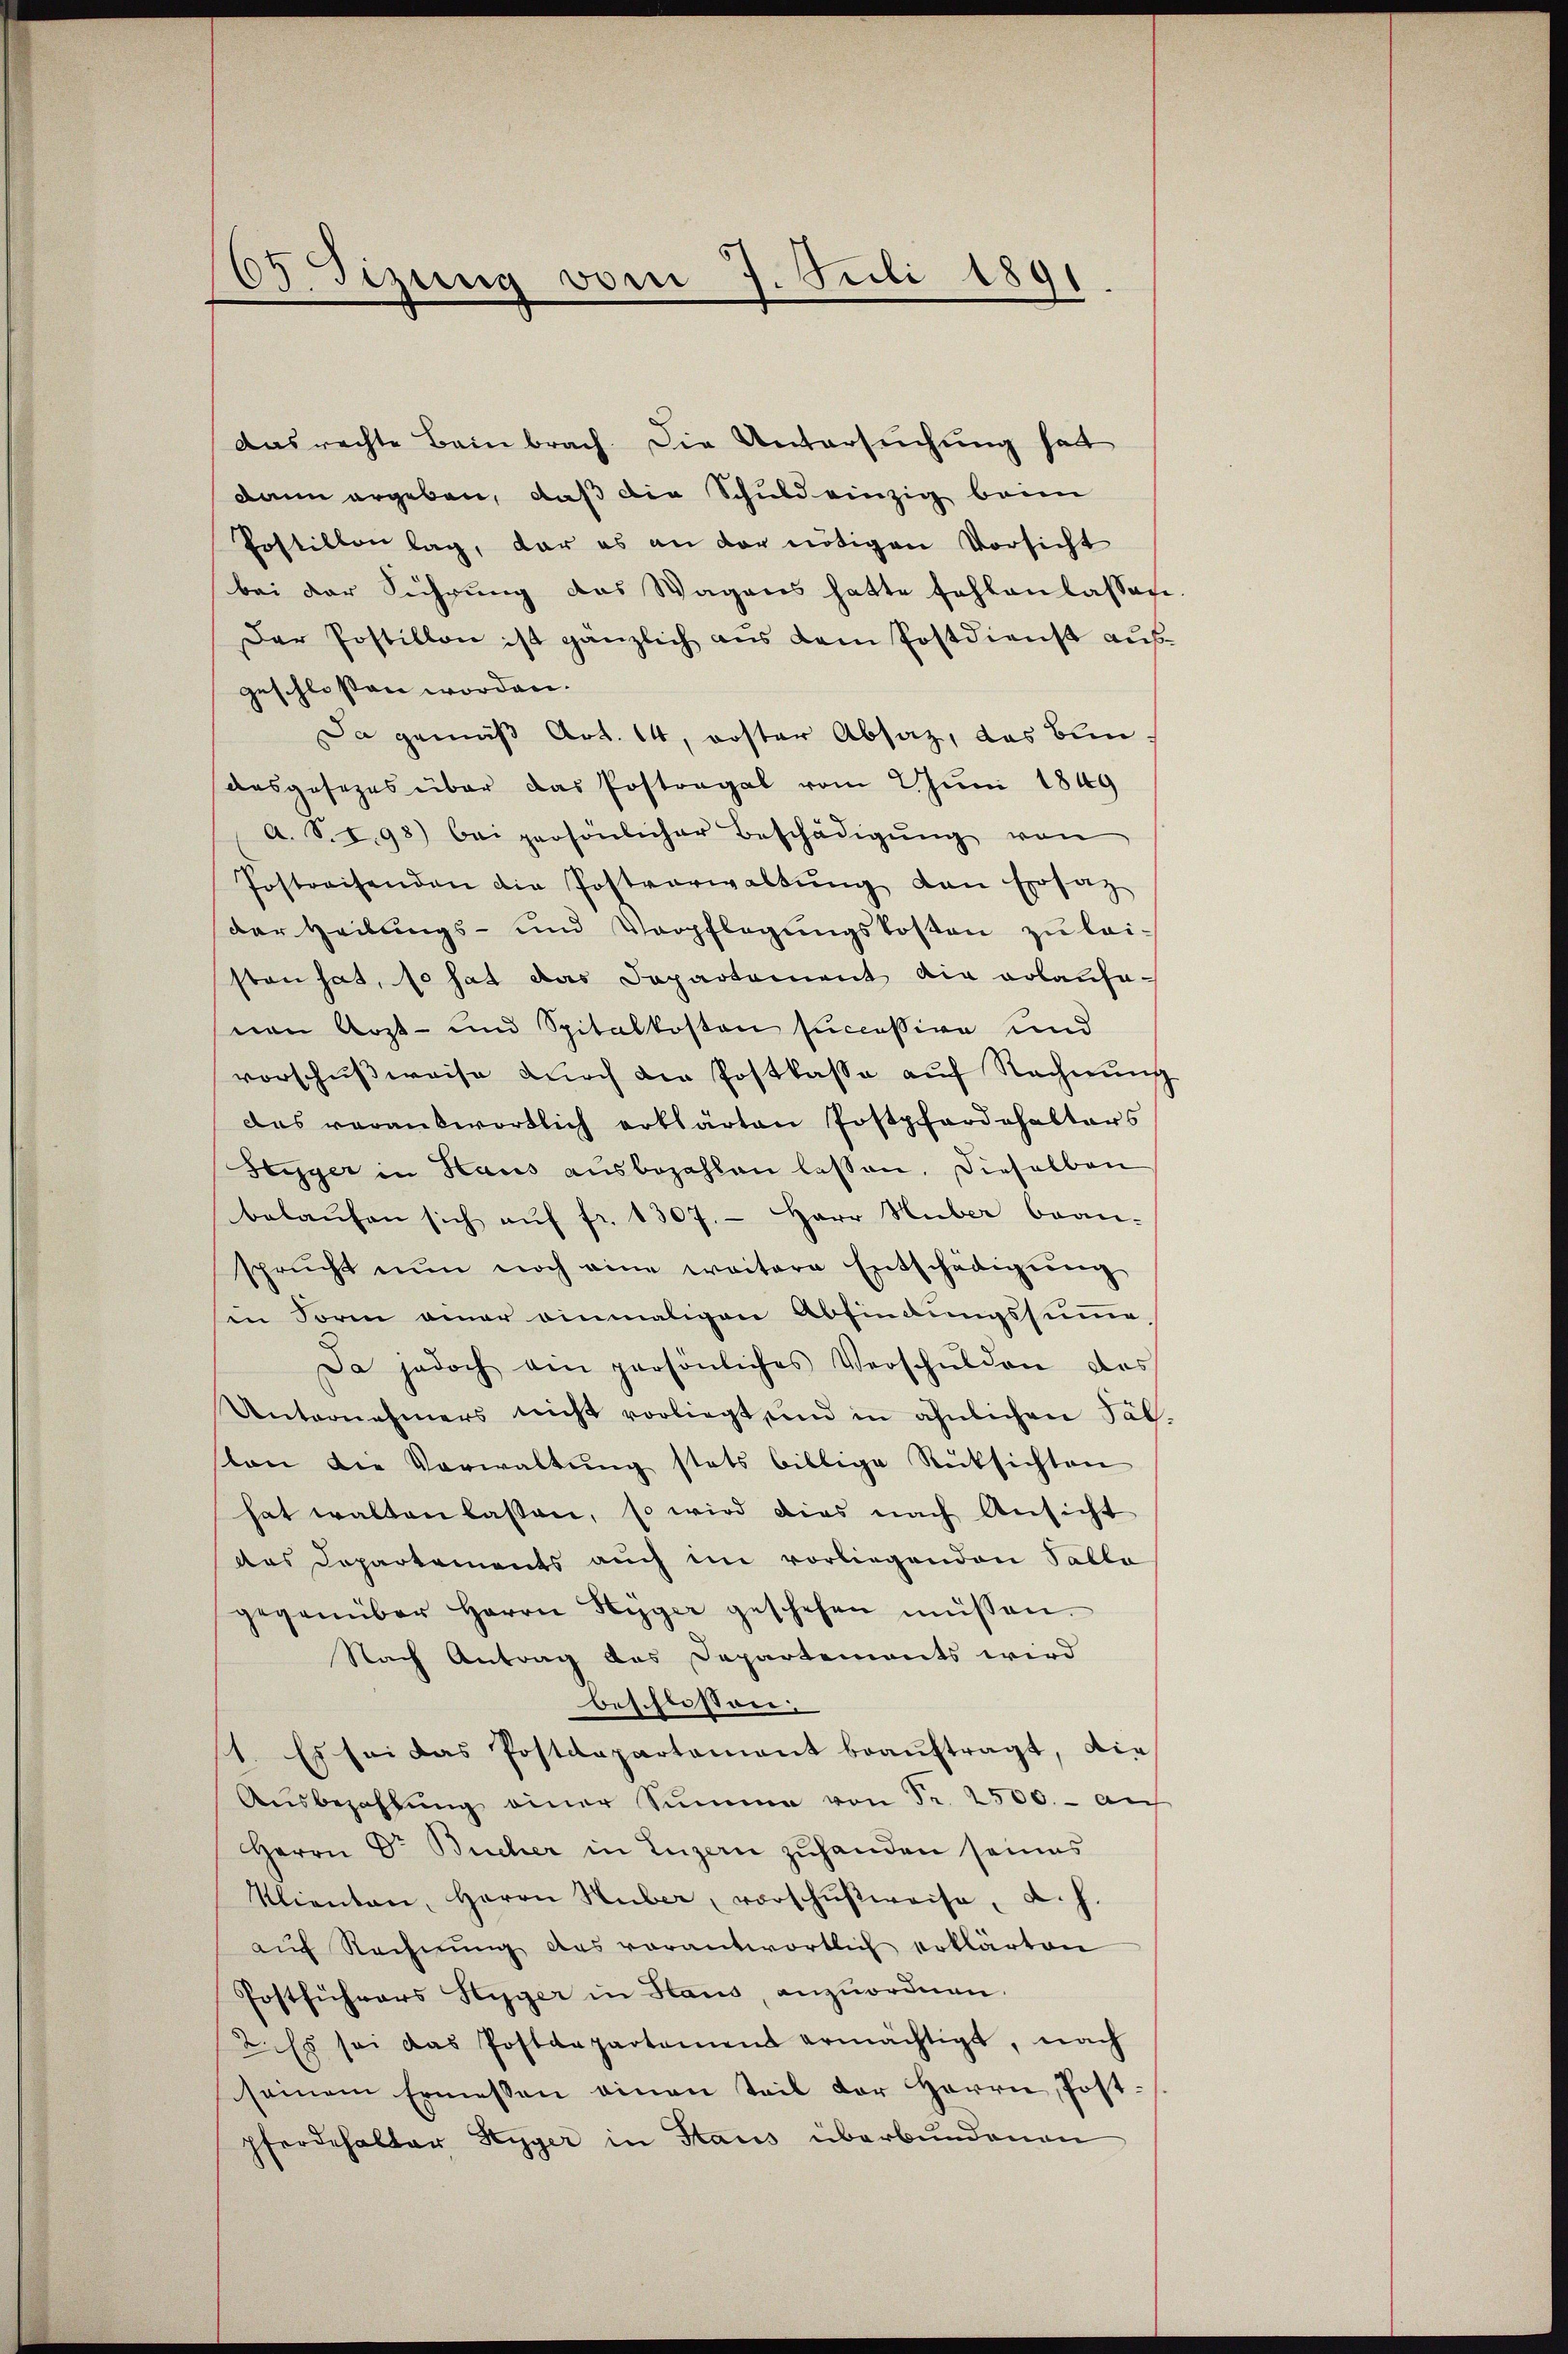
33. Tizung vom 7. Juli 1891

dasrechte Beinbrach. Die Untersuchung hatt
dann ergeben, daß die Schuld einzig beim
Postillon lag, dar es an der nötigen Vorsicht
bei der Führung des Wagens hatte fehlen lassen.
Der Postillon ist gänzlich aus dem Postdienst ausgeschlossen worden.
Da gemäß Art. 14, erster Absatz, das Bun¬
Ausgesezes über das Postregal vom Juni 1849
a. S. I. 98) bei persönlicher Beschädigŭng von
Postreisenden die Postverwaltŭng den Ersatz
der Heilungs- und Verpflegungskosten zu leisten hat, so hat das Dapartement die erlaufenen Arzt- und Spitalkosten succession und
vorschußweise durch die Postkasse auf Rechnung
das verantwortlich erklärten Postpfardehalters
Styger in Haus aŭsbezahlen lassen. Dieselben
belaŭfen sich aŭf fr. 1307. - Herr Huber bean-
sprŭcht nun noch eine weitere Entschädigŭng
in Form einer einmaligen Abfindungssumme,
Da jedoch ein persönliches Verschulden des
Unternehmers nicht vorliegt und in ähnlichen Täl-
sten die Verwaltŭng stets billige Rücksichten
hat walten lassen, so wird dies nach Ansicht
das Departements auch im vorliegenden Pablo
gegenüber Herrn Hyger geschehen müssen.
Nach Antrag des Departements wird
beschlossen:
1. Es sei das Postdepartament beaŭftragt, die
Aŭsbezahlŭng einer Sŭmme von Fr. 2500.- aŭ
Herrn Dr Bücher in Luzern zŭhanden seines
Klienten, Herrn Huber, vorschŭβweise, d. h.
aŭf Rechnŭng des verantwortlich erklärten
Postführers Hyger in Haus, anzuordnen.
2. Es sei das Postdepartament ermächtigt, nach
seinem Ermessen einen Teil der Herrn Post-
pferdehalter Styger in Staus überbundenen